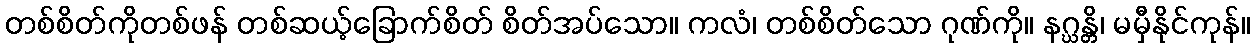
တစ်စိတ်ကိုတစ်ဖန် တစ်ဆယ့်ခြောက်စိတ် စိတ်အပ်သော။ ကလံ၊ တစ်စိတ်သော ဂုဏ်ကို။ နဂ္ဃန္တိ၊ မမှီနိုင်ကုန်။